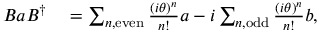
\begin{array} { r l } { B a B ^ { \dagger } } & { { } = \sum _ { n , \mathrm { { e v e n } } } \frac { ( i \theta ) ^ { n } } { n ! } a - i \sum _ { n , \mathrm { { o d d } } } \frac { ( i \theta ) ^ { n } } { n ! } b , } \end{array}